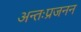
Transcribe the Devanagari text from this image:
अन्तःप्रजनन